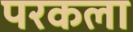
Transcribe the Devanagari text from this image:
परकला